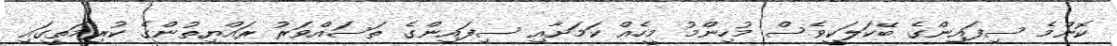
ކޮންމެ ސިފައިންގެ ބޭކަލަކީވެސް މުހިންމު މީހެއް ކަމަށާއި ސިފައިންގެ ތަސައްވަރު ރައްޔިތުންގެ ކުރިމަތީގައި